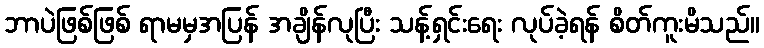
ဘာပဲဖြစ်ဖြစ် ရာမမှအပြန် အချိန်လုပြီး သန့်ရှင်းရေး လုပ်ခဲ့ရန် စိတ်ကူးမိသည်။